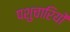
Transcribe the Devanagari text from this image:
पशुचारियों